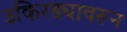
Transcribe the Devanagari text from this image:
उकिरड्यावरून